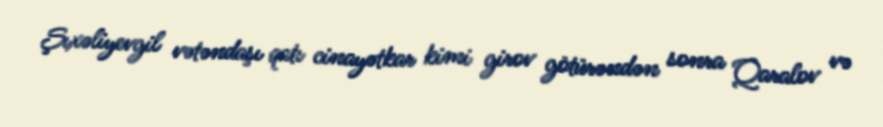
Şıxəliyevgil vətəndaşı qatı cinayətkar kimi girov götürəndən sonra Qaralov və